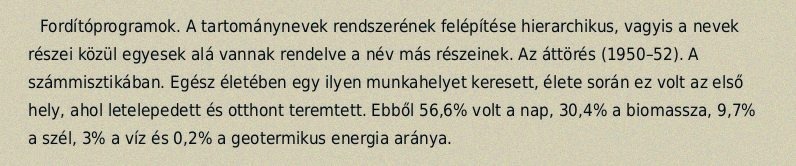
Fordítóprogramok. A tartománynevek rendszerének felépítése hierarchikus, vagyis a nevek részei közül egyesek alá vannak rendelve a név más részeinek. Az áttörés (1950–52). A számmisztikában. Egész életében egy ilyen munkahelyet keresett, élete során ez volt az első hely, ahol letelepedett és otthont teremtett. Ebből 56,6% volt a nap, 30,4% a biomassza, 9,7% a szél, 3% a víz és 0,2% a geotermikus energia aránya.